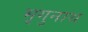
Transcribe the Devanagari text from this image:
भृगुनाथ